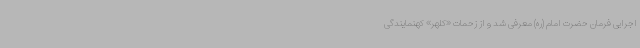
اجرایی فرمان حضرت امام (ره) معرفی شد و از زحمات «کلهر» کهنمایندگی